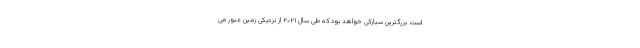
است بزرگترین سیارکی خواهد بود که طی سال ۲۰۲۱ از نزدیکی زمین عبور می